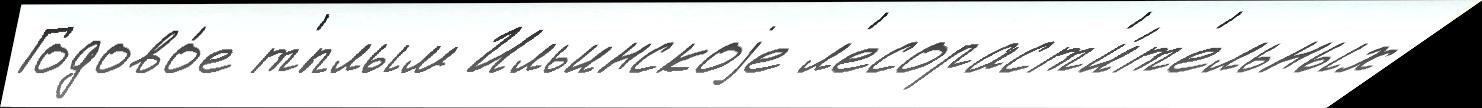
Годово́е т'́плым Ильинскоjе л'есораст'и́т'ельных